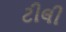
ટીલી